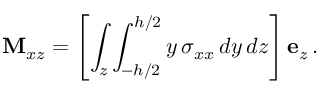
\mathbf { M } _ { x z } = \left[ \int _ { z } \int _ { - h / 2 } ^ { h / 2 } y \, \sigma _ { x x } \, d y \, d z \right] \mathbf { e } _ { z } \, .